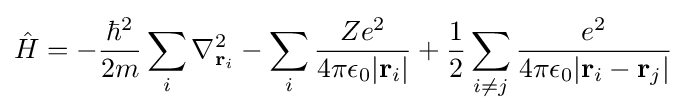
{\hat {H}}=-{\frac {\hbar ^{2}}{2m}}\sum _{i}\nabla _{\mathbf {r} _{i}}^{2}-\sum _{i}{\frac {Ze^{2}}{4\pi \epsilon _{0}|\mathbf {r} _{i}|}}+{\frac {1}{2}}\sum _{i\neq j}{\frac {e^{2}}{4\pi \epsilon _{0}|\mathbf {r} _{i}-\mathbf {r} _{j}|}}